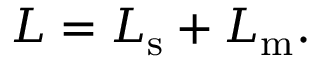
\begin{array} { r } { L = L _ { \mathrm { s } } + L _ { \mathrm { m } } . } \end{array}